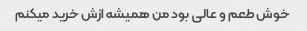
خوش طعم و عالی بود من همیشه ازش خرید میکنم